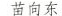
苗向东